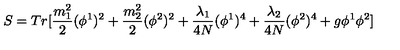
S = T r [ \frac { m _ { 1 } ^ { 2 } } { 2 } ( \phi ^ { 1 } ) ^ { 2 } + \frac { m _ { 2 } ^ { 2 } } { 2 } ( \phi ^ { 2 } ) ^ { 2 } + \frac { \lambda _ { 1 } } { 4 N } ( \phi ^ { 1 } ) ^ { 4 } + \frac { \lambda _ { 2 } } { 4 N } ( \phi ^ { 2 } ) ^ { 4 } + g \phi ^ { 1 } \phi ^ { 2 } ]